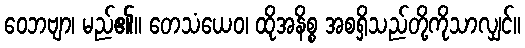
ဝေဘဗျာ၊ မည်၏။ တေသံယေဝ၊ ထိုအနိစ္စ အစရှိသည်တို့ကိုသာလျှင်။